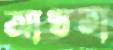
আখতা